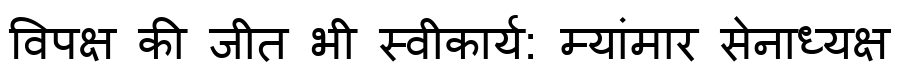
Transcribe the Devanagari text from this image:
विपक्ष की जीत भी स्वीकार्य: म्यांमार सेनाध्यक्ष